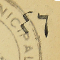
٤٦